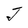
Character: J